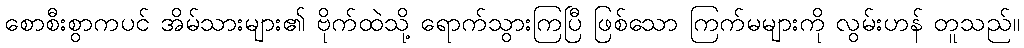
စောစီးစွာကပင် အိမ်သားများ၏ ဗိုက်ထဲသို့ ရောက်သွားကြပြီ ဖြစ်သော ကြက်မများကို လွမ်းဟန် တူသည်။